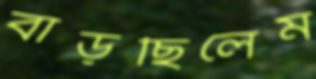
বাড়ছিলেম